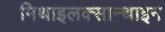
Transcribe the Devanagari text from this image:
मिथाइलक्सान्थाइन